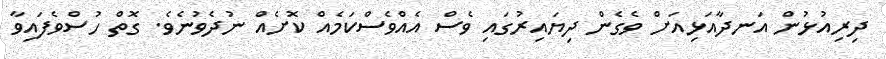
ދިރިއުޅުން އަނދާއަޅިއަށް ވެގެން ދިޔައިރުގައި ވެސް އެއްވެސްކަމެއް ކޮށެއް ނުދެވުނެވެ. ގޮތް ހުސްވެފައިވާ